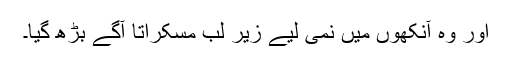
اور وہ آنکھوں میں نمی لیے زیرِ لب مسکراتا آگے بڑھ گیا۔